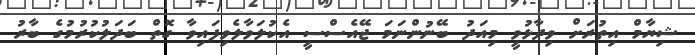
ޝިޔާމް އިތުރަށް ވިދާޅުވީ މިއަދު ބޭނުންނަމަ ޖޭއެސްސީ އެކުލަވާލެވިފައިވާ ގޮތް ބަދަލުކުރުމުގެ ބާރު